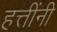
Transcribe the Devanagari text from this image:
हत्तींनी